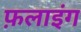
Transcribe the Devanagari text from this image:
फ़लाइंग